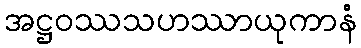
အဋ္ဌဝဿသဟဿာယုကာနံ